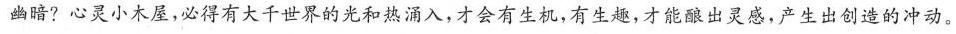
幽暗?心灵小木屋，必得有大千世界的光和热涌入，才会有生机，有生趣，才能酿出灵感，产生出创造的冲动。